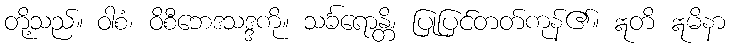
တို့သည်။ ဝါစံ၊ ဝိစီဘေဒသဒ္ဒကို။ သင်္ခရောန္တိ၊ ပြုပြင်တတ်ကုန်၏။ ဣတိ ဣမိနာ